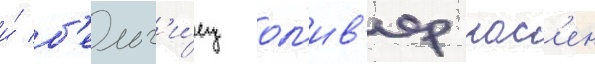
и́ б'ельг'и́ец ол'ив'ер нас'ен